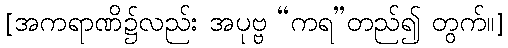
[အကရာဏိ၌လည်း အပုဗ္ဗ “ကရ”တည်၍ တွက်။]